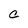
Character: C